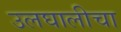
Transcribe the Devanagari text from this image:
उलघालीचा